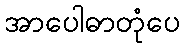
အာပေါဓာတုံပေ